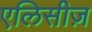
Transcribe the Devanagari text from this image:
एलिसीज़